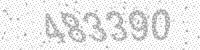
Solution: 483390